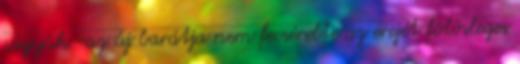
vigyük -az új barátja nem fecsérelte az erejét fölösleges